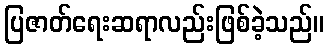
ပြဇာတ်ရေးဆရာလည်းဖြစ်ခဲ့သည်။